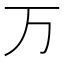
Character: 万